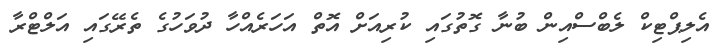
އެލިޕްޓިކް ލެބްސްއިން ބުނާ ގޮތުގައި ކުރިއަށް އޮތް އަހަރެއްހާ ދުވަހުގެ ތެރޭގައި އަލްޓްރާ